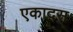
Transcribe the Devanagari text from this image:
एकादस